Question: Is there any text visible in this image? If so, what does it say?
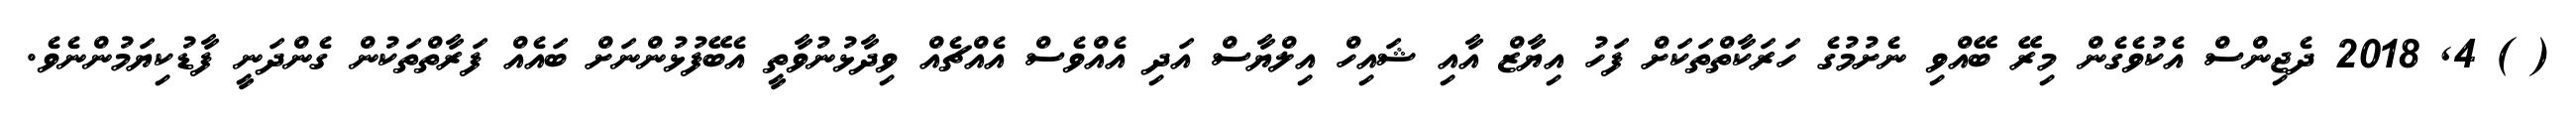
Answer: ( ) 4, 2018 ދެޖިންސް އެކުވެގެން މިރޭ ބޭއްވި ނެށުމުގެ ހަރަކާތްތަކަށް ފަހު އިޔާޒް އާއި ޝައިހް އިލްޔާސް އަދި އެއްވެސް އެއްޗެއް ވިދާޅުނުވާތީ އެބޭފުޅުންނަށް ބައެއް ފަރާތްތަކުން ގެންދަނީ ފާޑުކިޔަމުންނެވެ.